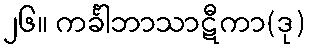
၂၆။ ကင်္ခါဘာသာဋီကာ(ဒု)